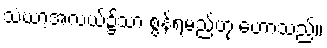
သံဃာ့အလယ်၌သာ စွန့်ရမည်ဟု ဟောသည်။